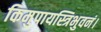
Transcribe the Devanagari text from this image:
किमुपायस्त्रिभुवनं।